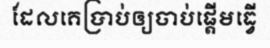
ដែលគេប្រាប់ឲ្យចាប់ផ្តើមធ្វើ